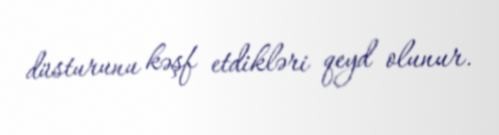
düsturunu kəşf etdikləri qeyd olunur.